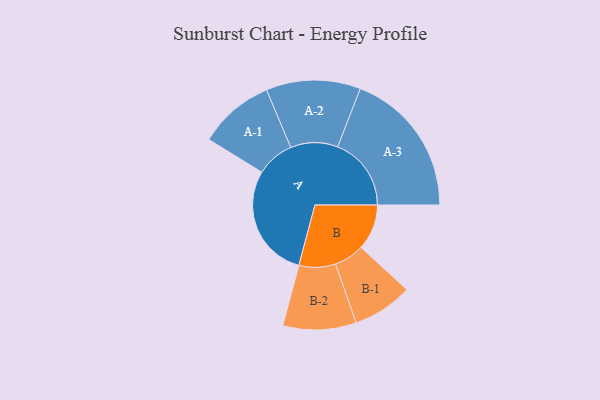
{"axis": {"x": "Segment", "y": "Value"}, "legend": ["", "A", "B"], "data": [{"x": "A", "y": 433, "type": ""}, {"x": "B", "y": 173, "type": ""}, {"x": "A-1", "y": 144, "type": "A"}, {"x": "A-2", "y": 179, "type": "A"}, {"x": "A-3", "y": 279, "type": "A"}, {"x": "B-1", "y": 114, "type": "B"}, {"x": "B-2", "y": 139, "type": "B"}]}